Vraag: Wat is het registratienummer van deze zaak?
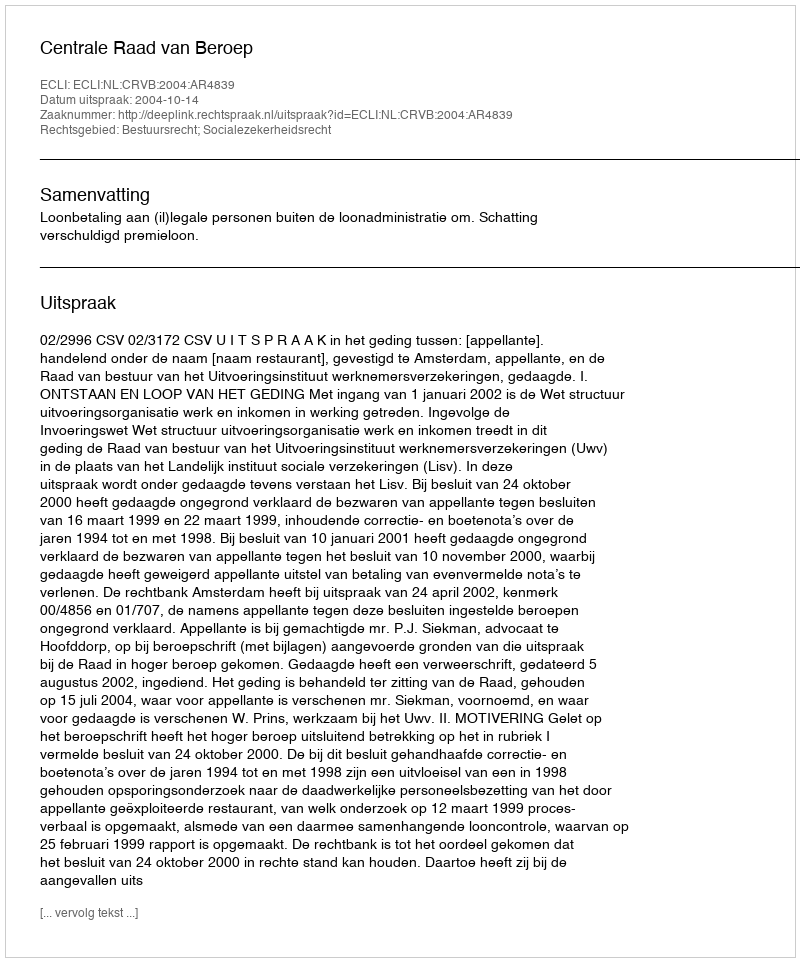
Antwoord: http://deeplink.rechtspraak.nl/uitspraak?id=ECLI:NL:CRVB:2004:AR4839